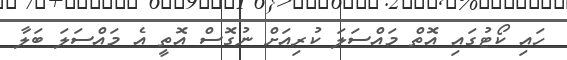
ހައި ކޯޓުގައި އޮތް މައްސަލަ ކުރިއަށް ނުގޮސް އޮތީ އެ މައްސަލަ ބަލާ